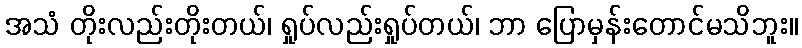
အသံ တိုးလည်းတိုးတယ်၊ ရှုပ်လည်းရှုပ်တယ်၊ ဘာ ပြောမှန်းတောင်မသိဘူး။